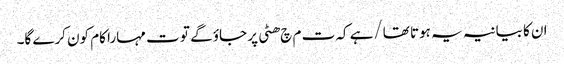
ا ن کا بیانیہ یہ ہوتا تھا/ہے کہ ت م چ ھٹی پر جاؤ گے تو ت مہارا کام کون کرے گا۔